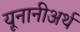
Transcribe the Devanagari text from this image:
यूनानीअर्थ